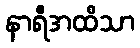
နာရီအထိသာ